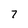
Character: 7